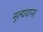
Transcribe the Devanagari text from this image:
मूल्यवान।